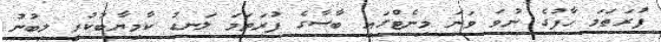
ފުރަތަމަ ހާފުގެ ނުވަ ވަނަ މިނެޓްގައި ބާސާގެ ފުރަތަމަ ލަނޑު ކާމިޔާބުކުރީ ލިބުނު